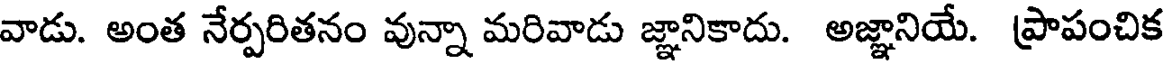
వాడు. అంత నేర్పరితనం వున్నా మరివాడు జ్ఞానికాదు. అజ్ఞానియే. ప్రాపంచిక